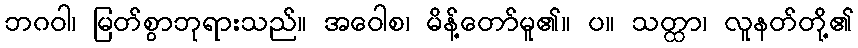
ဘဂဝါ၊ မြတ်စွာဘုရားသည်။ အဝေါစ၊ မိန့်တော်မူ၏။ ပ။ သတ္ထာ၊ လူနတ်တို့၏